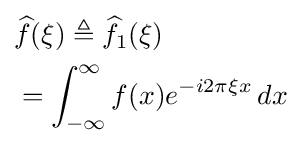
{\begin{aligned}&{\widehat {f}}(\xi )\triangleq {\widehat {f}}_{1}(\xi )\\&=\int _{-\infty }^{\infty }f(x)e^{-i2\pi \xi x}\,dx\end{aligned}}